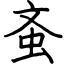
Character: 蚉